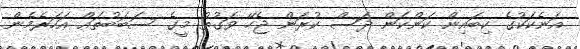
އަނެކަކުގެ ކިބައިން ކަންކަން ދަސް ކުރަން ޖެހޭ ވަގުތު މީގެ ސަބަބުތައް އަހަރެމެން